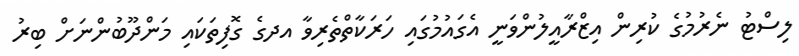
ލިސްޓު ނެރުމުގެ ކުރިން އިޒްރާއީލުންވަނީ އެގައުމުގައި ހަރަކާތްތެރިވާ އދގެ ގޮފިތަކައި މަންދޫބުންނަށް ބިރު